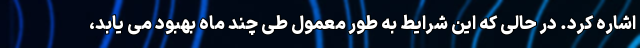
اشاره کرد. در حالی که این شرایط به طور معمول طی چند ماه بهبود می یابد،